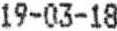
19-03-18